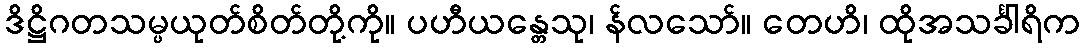
ဒိဋ္ဌိဂတသမ္ပယုတ်စိတ်တို့ကို။ ပဟီယန္တေသု၊ န်လသော်။ တေဟိ၊ ထိုအသင်္ခါရိက